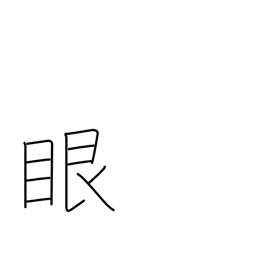
Meaning: eyeball